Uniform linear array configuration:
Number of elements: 4
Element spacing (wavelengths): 0.5
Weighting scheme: hamming
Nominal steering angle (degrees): -60
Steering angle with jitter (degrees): -58.495
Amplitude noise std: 0.05
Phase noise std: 0.05

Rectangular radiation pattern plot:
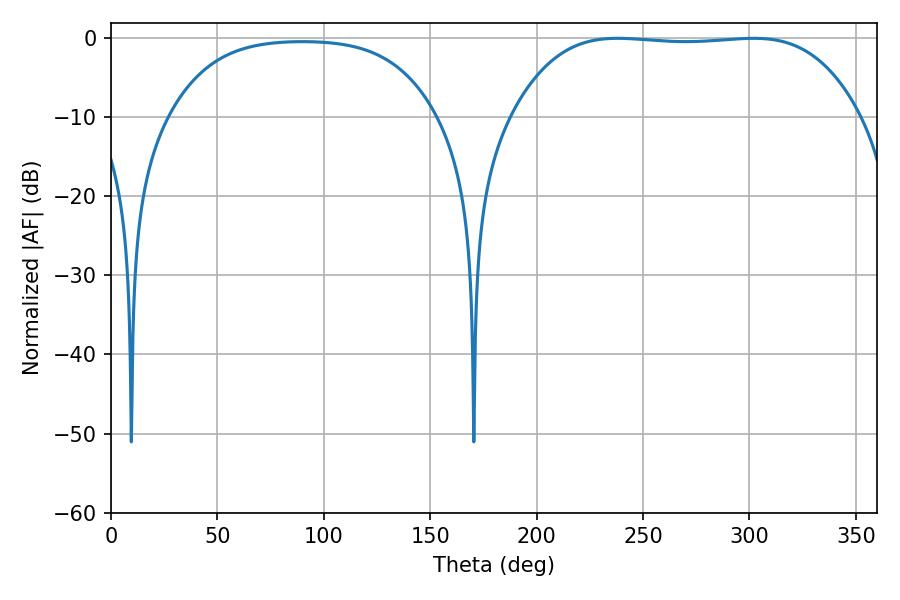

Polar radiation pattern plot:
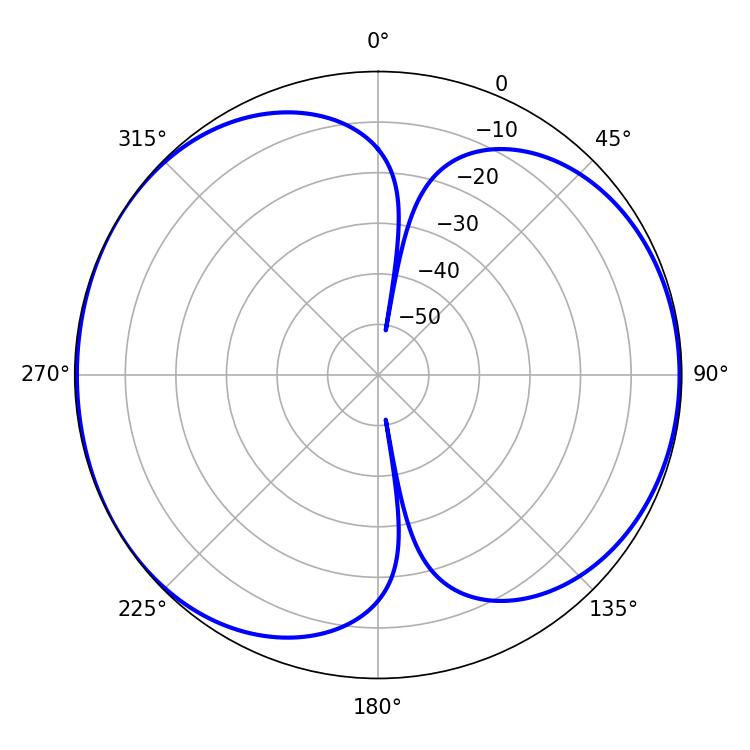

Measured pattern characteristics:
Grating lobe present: FALSE
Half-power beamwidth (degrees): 127.08
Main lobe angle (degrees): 238.14